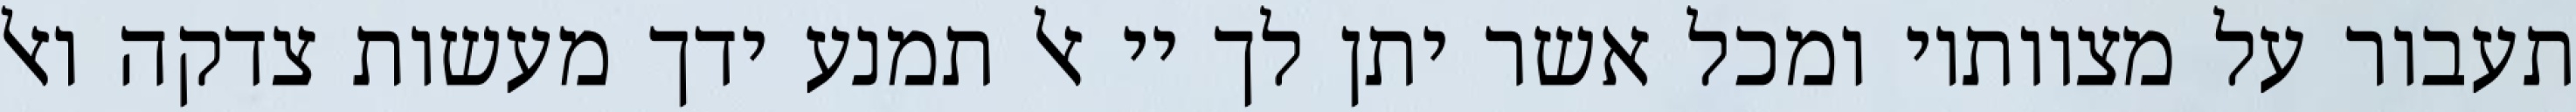
תעבור על מצוותיו ומכל אשר יתן לך יי אל תמנע ידך מעשות צדקה ואל